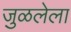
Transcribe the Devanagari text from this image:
जुळलेला